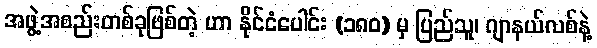
အဖွဲ့အစည်းတစ်ခုဖြစ်တဲ့ ဟာ နိုင်ငံပေါင်း (၁၈ဝ) မှ ပြည်သူ၊ ဂျာနယ်လစ်နဲ့